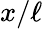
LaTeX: x/\ell